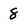
Character: 8